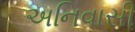
અનિવાસી